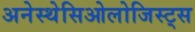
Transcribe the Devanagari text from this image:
अनेस्थेसिओलोजिस्ट्स